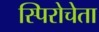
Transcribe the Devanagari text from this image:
स्पिरोचेता